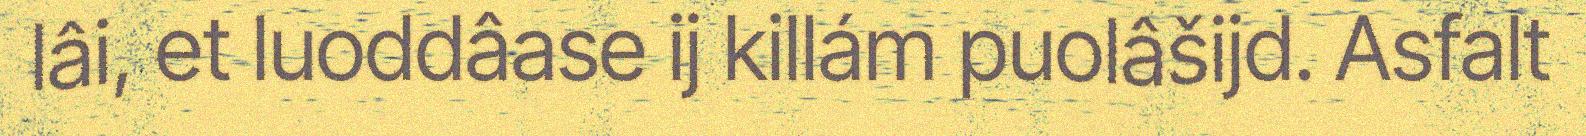
lâi, et luoddâase ij killám puolâšijd. Asfalt